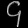
Digit: ၄